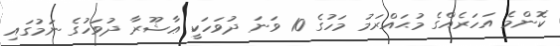
ކޮންމެ އަހަރެއްގެ މުޙައްރަމު މަހުގެ 10 ވަނަ ދުވަހަކީ ޢާޝޫރާ ދުވަހުގެ ނަމުގައި